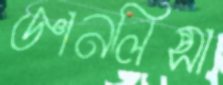
জ্ঞানলিপ্সা